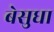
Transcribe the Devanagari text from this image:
बेसुधा